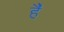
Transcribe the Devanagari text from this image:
है॓